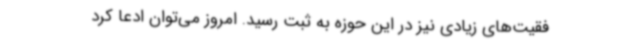
فقیت‌های زیادی نیز در این حوزه به ثبت رسید. امروز می‌توان ادعا کرد